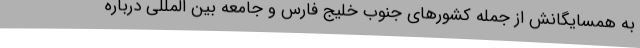
به همسایگانش از جمله کشورهای جنوب خلیج فارس و جامعه بین المللی درباره